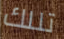
تللك